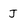
Character: J